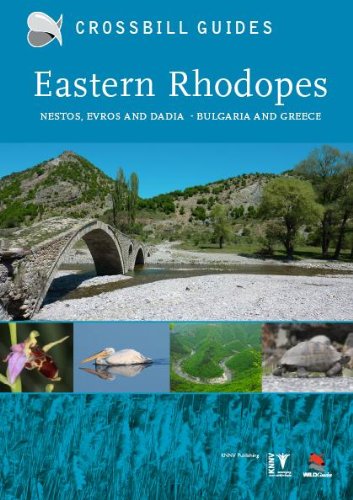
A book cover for Eastern Rhodopes: Crossbill Guides; Dirk Hilbers; Travel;